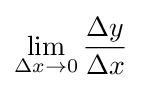
\lim _{\Delta x\to 0}{\frac {\Delta y}{\Delta x}}